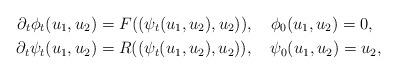
LaTeX: \begin{align*}\partial_t\phi_t(u_1,u_2) &= F((\psi_t(u_1,u_2),u_2)),\quad\phi_0(u_1,u_2)=0, \\\partial_t\psi_t(u_1,u_2) &= R((\psi_t(u_1,u_2),u_2)),\quad\psi_0(u_1,u_2)=u_2,\end{align*}